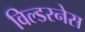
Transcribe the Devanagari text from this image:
विल्डरनेस